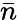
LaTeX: \bar{n}